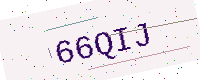
Text: 66QIJ